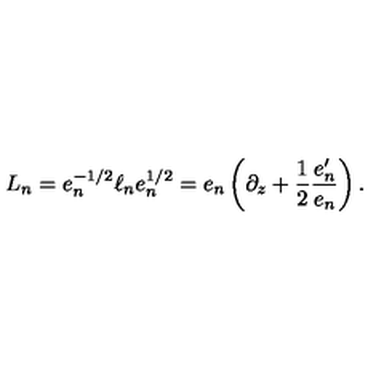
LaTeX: L _ { n } = e _ { n } ^ { - 1 / 2 } \ell _ { n } e _ { n } ^ { 1 / 2 } = e _ { n } \left( \partial _ { z } + { \frac { 1 } { 2 } } { \frac { e _ { n } ^ { \prime } } { e _ { n } } } \right) .